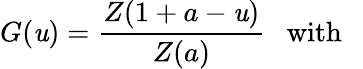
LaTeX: G(\mathit{u})=\frac{{Z(1+a-\mathit{u})}}{{Z(a)}}~~~\mathrm{{with}}~~~